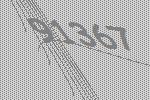
91367